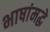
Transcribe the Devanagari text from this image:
भाषांमद्धे